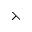
\leftthreetimes